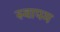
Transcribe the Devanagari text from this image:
स्वापम